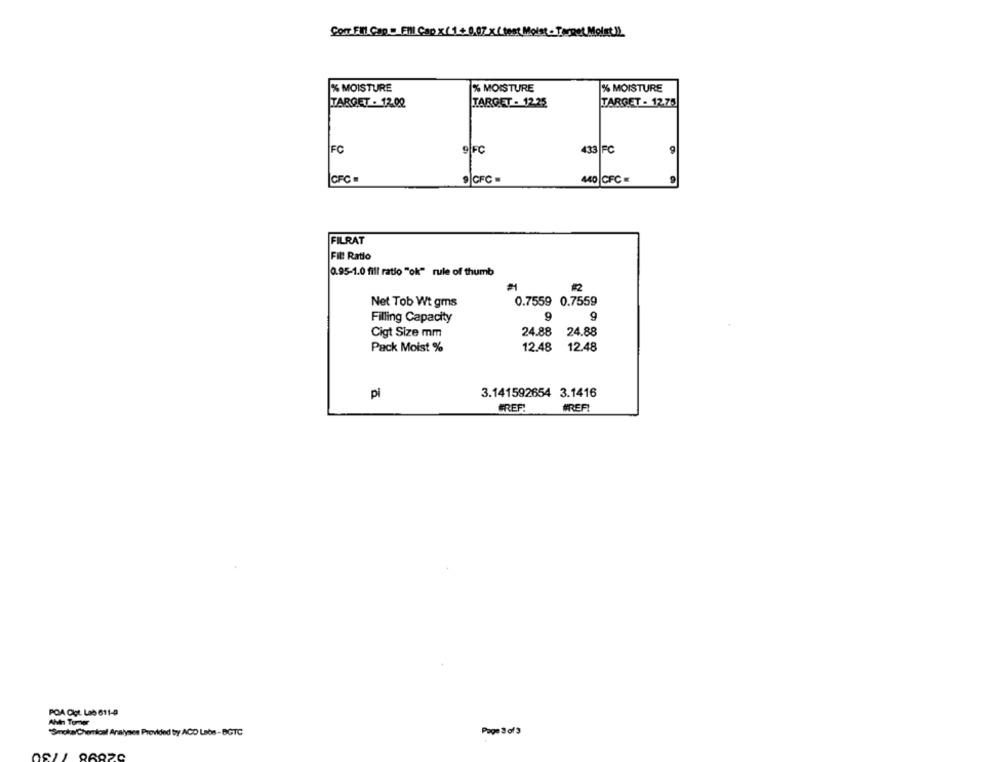
Con El Cap. Fill Cap x (1+0,07 x (test Moist- PerRet Molex])
% MOISTURE
% MOISTURE
% MOISTURE
TARGET - 12.00
TARGET - 12.25
TARGET - 12.75
FC
9|FC
433 |FC
9
CFC
9 CFC -
440 CFC
9
FILRAT
Fil! Ratio
0.95-1.0 fill ratio "ok" rule of thumb
Net Tob Wt gms
0.7559 0.7559
Filling Capacity
9
9
Cigt Size mm
24.88
24.88
Pack Moist %
12.48
12.48
pi
3.141592654 3.1416
GREF.
#REF!
POA Oct. Lab 611-9
Altn Tumer
"Smoka Chemical Analyses Provided by ACD Labs - BGTC
Page 3 of 3